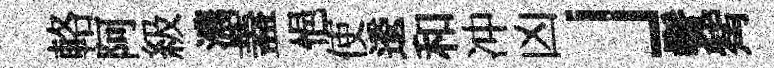
輅阿級濃蓋悒使逶和冲凶」鬢觜